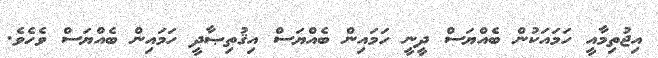
އިޖުތިމާއީ ހަމައަކުން ބެއްޔަސް ދީނީ ހަމައިން ބެއްޔަސް އިޤުތިޞާދީ ހަމައިން ބެއްޔަސް ވެހެވެ.